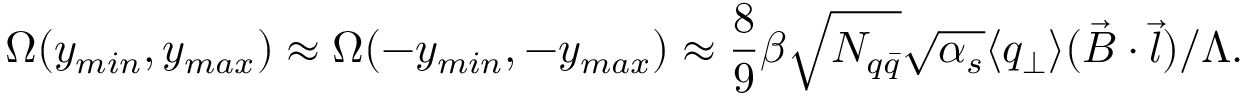
\Omega ( y _ { m i n } , y _ { m a x } ) \approx \Omega ( - y _ { m i n } , - y _ { m a x } ) \approx \frac { 8 } { 9 } \beta \sqrt { N _ { q \bar { q } } } \sqrt { \alpha _ { s } } \langle q _ { \perp } \rangle ( \vec { B } \cdot \vec { l } ) / \Lambda .